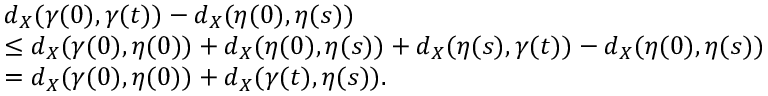
\begin{array} { r l } & { d _ { X } ( \gamma ( 0 ) , \gamma ( t ) ) - d _ { X } ( \eta ( 0 ) , \eta ( s ) ) } \\ & { \leq d _ { X } ( \gamma ( 0 ) , \eta ( 0 ) ) + d _ { X } ( \eta ( 0 ) , \eta ( s ) ) + d _ { X } ( \eta ( s ) , \gamma ( t ) ) - d _ { X } ( \eta ( 0 ) , \eta ( s ) ) } \\ & { = d _ { X } ( \gamma ( 0 ) , \eta ( 0 ) ) + d _ { X } ( \gamma ( t ) , \eta ( s ) ) . } \end{array}